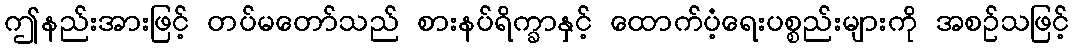
ဤနည်းအားဖြင့် တပ်မတော်သည် စားနပ်ရိက္ခာနှင့် ထောက်ပံ့ရေးပစ္စည်းများကို အစဉ်သဖြင့်